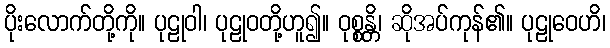
ပိုးလောက်တို့ကို။ ပုဠုဝါ၊ ပုဠုဝတို့ဟူ၍။ ဝုစ္စန္တိ၊ ဆိုအပ်ကုန်၏။ ပုဠုဝေဟိ၊